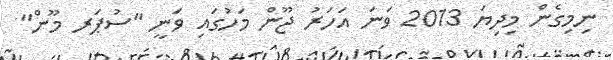
ނިމިގެން މިދިޔަ 2013 ވަނަ އަހަރު ޖޫން މަހުގައި ވަނީ "ސުޕަރ މޫން"